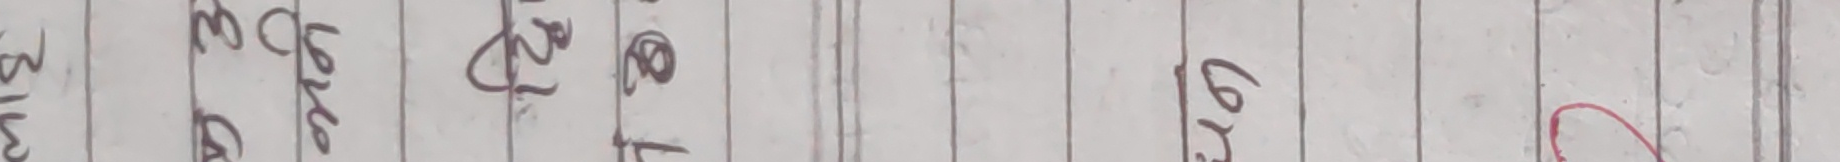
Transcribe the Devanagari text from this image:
सिल
सुका २
नेट 4
Gर